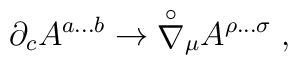
{\partial}_c A^{a \dots b} \rightarrow {\stackrel{\circ}{\nabla}}{}_{\mu} A^{\rho \dots \sigma} \; ,